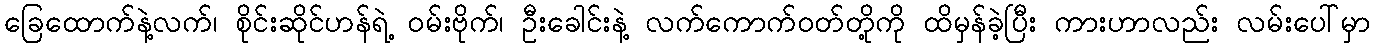
ခြေထောက်နဲ့လက်၊ စိုင်းဆိုင်ဟန်ရဲ့ ၀မ်းဗိုက်၊ ဦးခေါင်းနဲ့ လက်ကောက်၀တ်တို့ကို ထိမှန်ခဲ့ပြီး ကားဟာလည်း လမ်းပေါ်မှာ